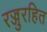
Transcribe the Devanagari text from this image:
रज्जुरहित